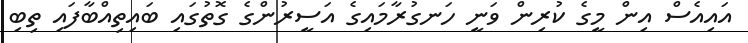
އައިއެސް އިން މީގެ ކުރިން ވަނީ ހަނގުރާމައިގެ އަސީރުންގެ ގޮތުގައި ބައިތިއްބާފައި ތިބި